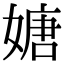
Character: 㜍